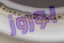
بوروز